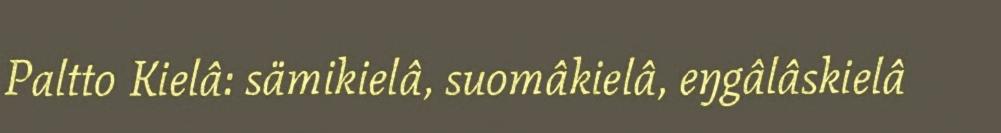
Paltto Kielâ: sämikielâ, suomâkielâ, eŋgâlâskielâ